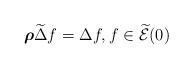
LaTeX: \begin{align*}\boldsymbol\rho\widetilde\Delta f=\Delta f, f\in\widetilde{\mathcal{E}}(0)\end{align*}